38_143685_box_Incident_Summaries_173-233
Agency: Department of War
Page 56
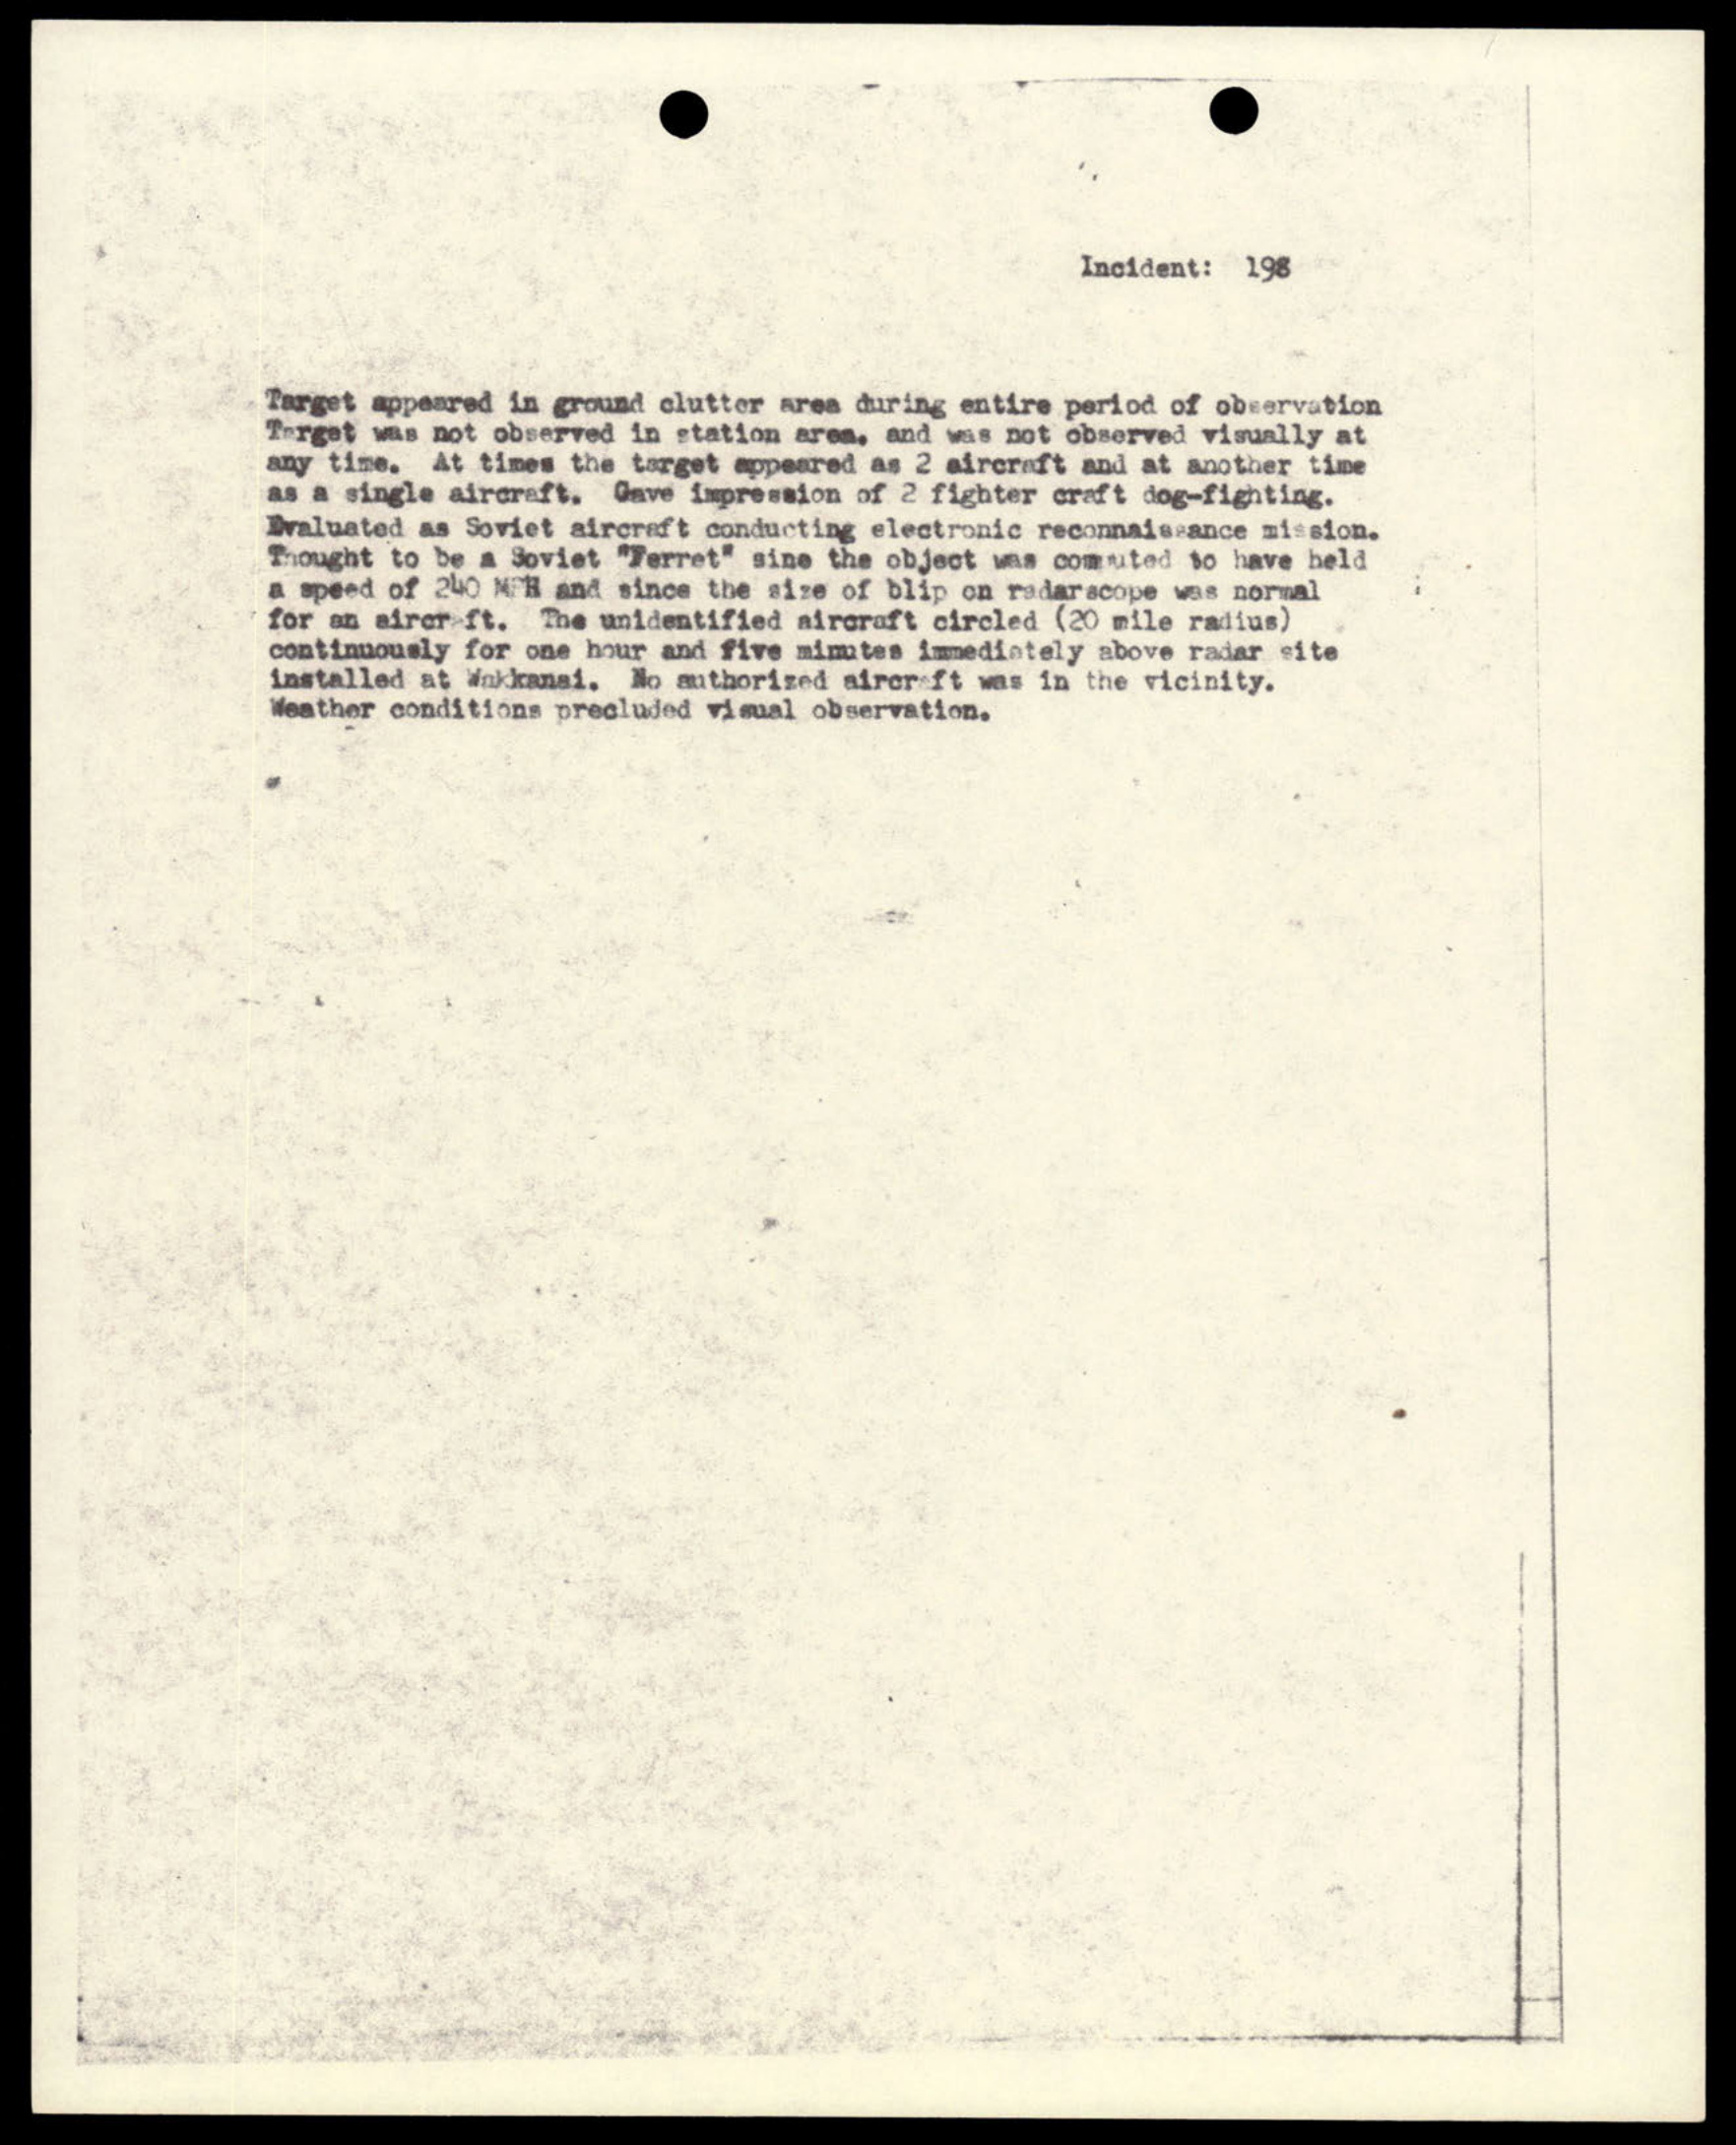